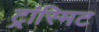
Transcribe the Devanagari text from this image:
ट्रांस्मिट